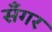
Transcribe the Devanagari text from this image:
सॅंगर